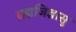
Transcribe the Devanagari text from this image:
ब्रह्मजिज्ञासु